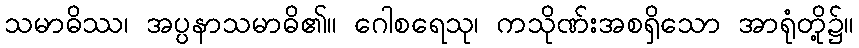
သမာဓိဿ၊ အပ္ပနာသမာဓိ၏။ ဂေါစရေသု၊ ကသိုဏ်းအစရှိသော အာရုံတို့၌။